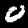
Label: 0